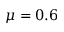
\mu = 0 . 6